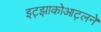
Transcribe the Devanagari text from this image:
इट्झाकोआट्लने